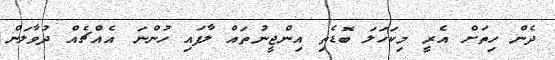
ދެން ހިތަށް އެރީ މިކަހަލަ ބޮޑެތި އިންޖީނުތައް ލާފައި ހުންނަ އެއްޗެއް ދުވާލަން